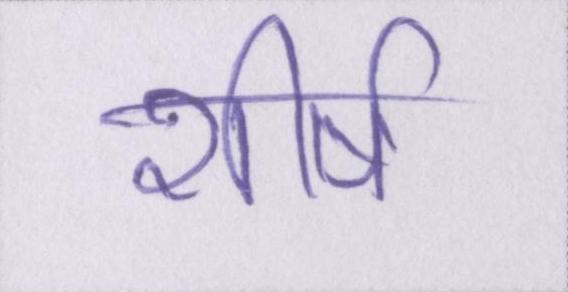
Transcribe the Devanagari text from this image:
शीर्ष